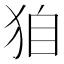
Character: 𤝼